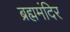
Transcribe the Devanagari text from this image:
ब्रह्ममंदिर